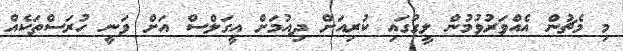
މި މެޗުން އެއްވަރުވުމުން ލީގުގައި ކުރިއަށް ދިއުމަށް އީގަލްސް އަށް ވަނީ ހުރަސްތަކެއް